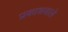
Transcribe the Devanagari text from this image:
प्रकाशवाले